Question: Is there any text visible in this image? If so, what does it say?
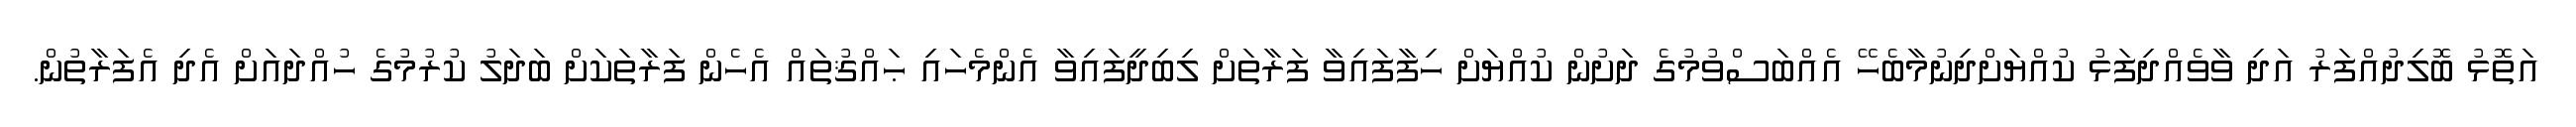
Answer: އަތޮޅު ބޮލިދުއްފަރު އަދި ވާވެއްދިފަޅު ކުއްޔަށްދިނުމާބެހޭ އެއްބަސްވުމުގެ ދަށުން ކުއްޔަށް ހިފާފައިވާ ފަރާތަށް ލިބިދީފައިވާ އެންމެހައި ޙައްޤުތައް އެހެން ފަރާތަކަށް ބަދަލު ކުރުމުގެ ހުއްދައަށް އެދި އެފަރާތުން.